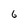
Character: 6